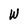
Character: W